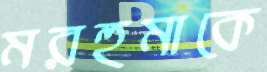
মরহুমাকে